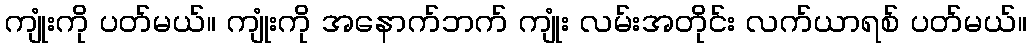
ကျုံးကို ပတ်မယ်။ ကျုံးကို အနောက်ဘက် ကျုံး လမ်းအတိုင်း လက်ယာရစ် ပတ်မယ်။